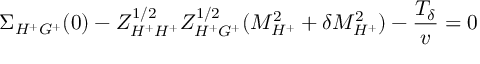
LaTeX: \Sigma _ { H ^ { + } G ^ { + } } ( 0 ) - Z _ { H ^ { + } H ^ { + } } ^ { 1 / 2 } Z _ { H ^ { + } G ^ { + } } ^ { 1 / 2 } ( M _ { H ^ { + } } ^ { 2 } + \delta M _ { H ^ { + } } ^ { 2 } ) - \frac { T _ { \delta } } { v } = 0